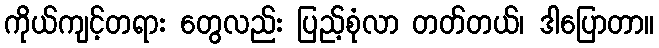
ကိုယ်ကျင့်တရား တွေလည်း ပြည့်စုံလာ တတ်တယ်၊ ဒါပြောတာ။